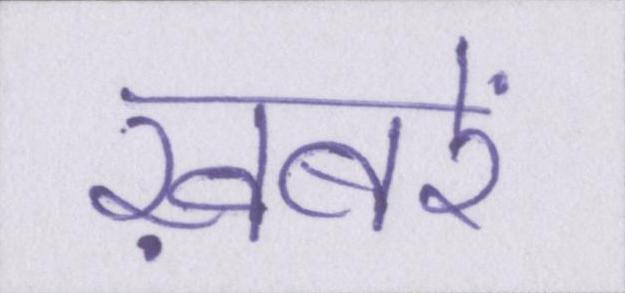
ख़बरें